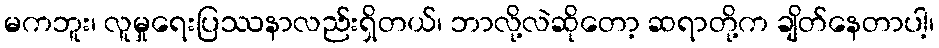
မကဘူး၊ လူမှုရေးပြဿနာလည်းရှိတယ်၊ ဘာလို့လဲဆိုတော့ ဆရာတို့က ချိတ်နေတာပါ့၊